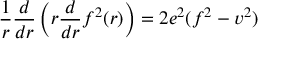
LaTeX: \frac { 1 } { r } \frac { d } { d r } \left( r \frac { d } { d r } f ^ { 2 } ( r ) \right) = 2 e ^ { 2 } ( f ^ { 2 } - v ^ { 2 } )